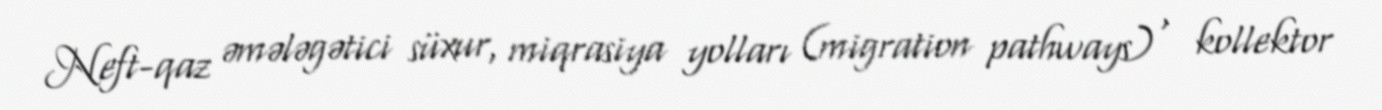
Neft-qaz əmələgətici süxur, miqrasiya yolları (migration pathways) , kollektor